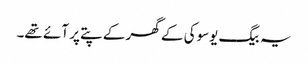
یہ بیگ یوسوکی کے گھر کے پتے پر آئے تھے۔